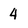
Character: 4